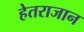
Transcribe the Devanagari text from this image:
हेतराजान